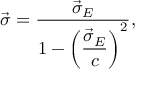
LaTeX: \vec { \sigma } = \frac { \vec { \sigma } _ { E } } { 1 - \left( \displaystyle \frac { \vec { \sigma } _ { E } } { c } \right) ^ { 2 } } ,